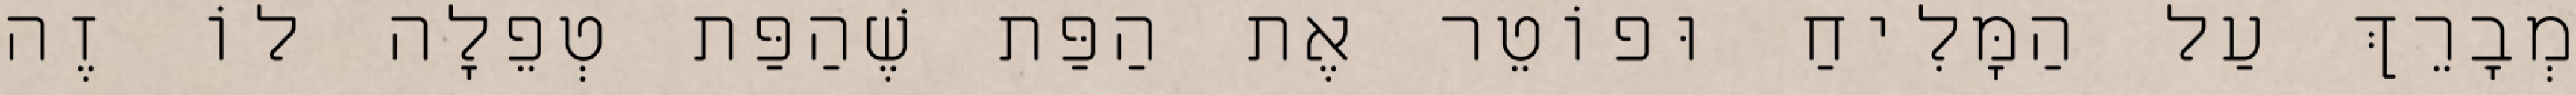
מְבָרֵךְ עַל הַמָּלִיחַ וּפוֹטֵר אֶת הַפַּת שֶׁהַפַּת טְפֵלָה לוֹ זֶה